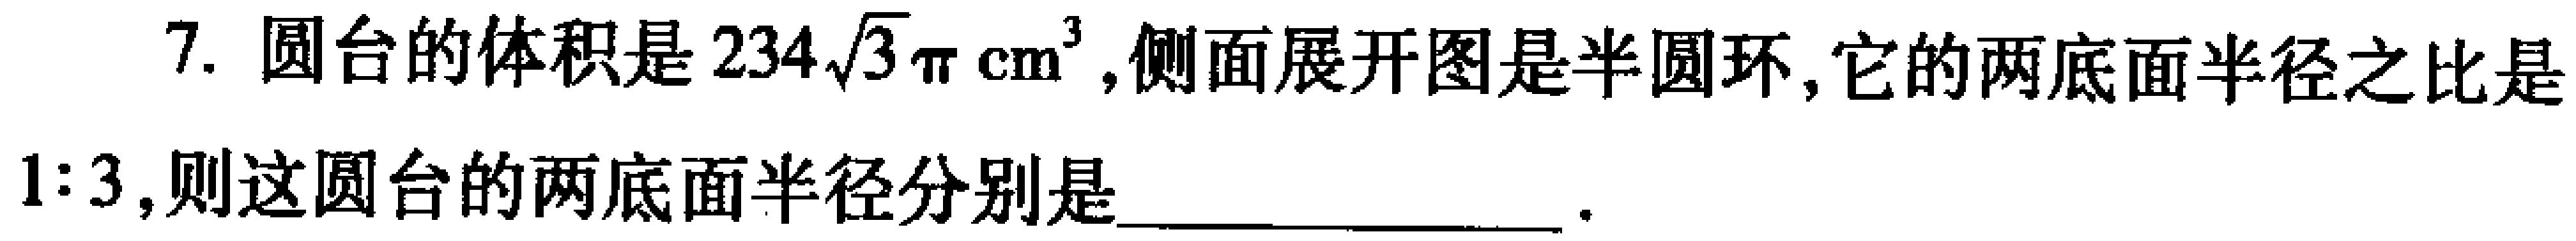
7. 圆台的体积是\(234\sqrt{3}\pi\mathrm{cm}^{3}\),侧面展开图是半圆环,它的两底面半径之比是\(1:3\),则这圆台的两底面半径分别是___.